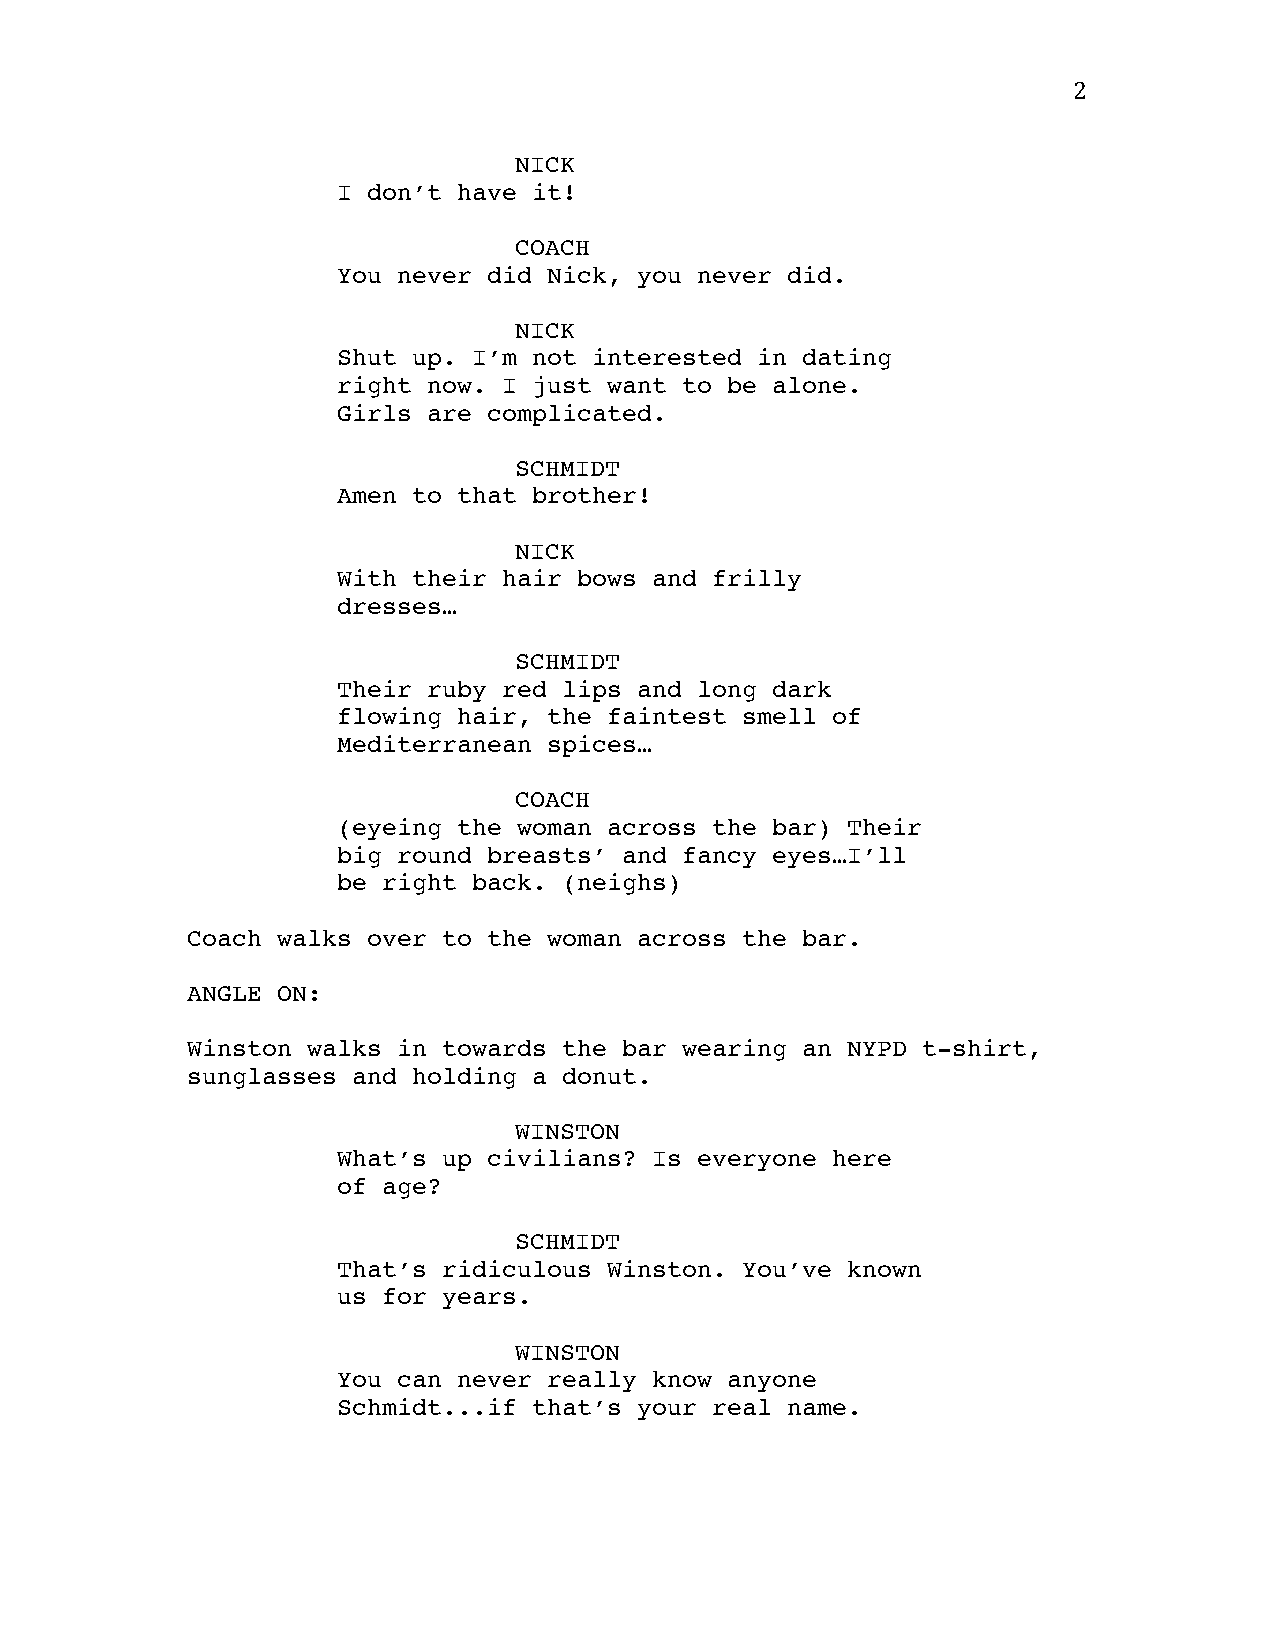
2
 NICK
 I don’t have it!
 COACH
 You never did Nick, you never did.
 NICK
 Shut up. I’m not interested in dating
 right now. I just want to be alone.
 Girls are complicated.
 SCHMIDT
 Amen to that brother!
 NICK
 With their hair bows and frilly
 dresses…
 SCHMIDT
 Their ruby red lips and long dark
 flowing hair, the faintest smell of
 Mediterranean spices…
 COACH
 (eyeing the woman across the bar) Their
 big round breasts’ and fancy eyes…I’ll
 be right back. (neighs)
 Coach walks over to the woman across the bar.
 ANGLE ON:
 Winston walks in towards the bar wearing an NYPD t-shirt,
 sunglasses and holding a donut.
 WINSTON
 What’s up civilians? Is everyone here
 of age?
 SCHMIDT
 That’s ridiculous Winston. You’ve known
 us for years.
 WINSTON
 You can never really know anyone
 Schmidt...if that’s your real name.